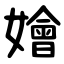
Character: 嬒